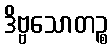
ဒိဗ္ဗသောတဉ္စ